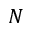
N